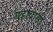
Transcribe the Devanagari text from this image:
बहावासी